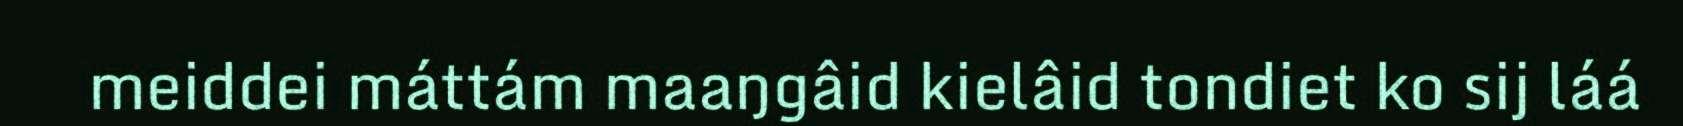
meiddei máttám maaŋgâid kielâid tondiet ko sij láá